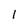
Character: l